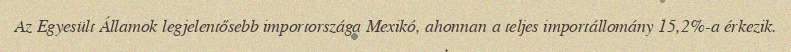
Az Egyesült Államok legjelentősebb importországa Mexikó, ahonnan a teljes importállomány 15,2%-a érkezik.